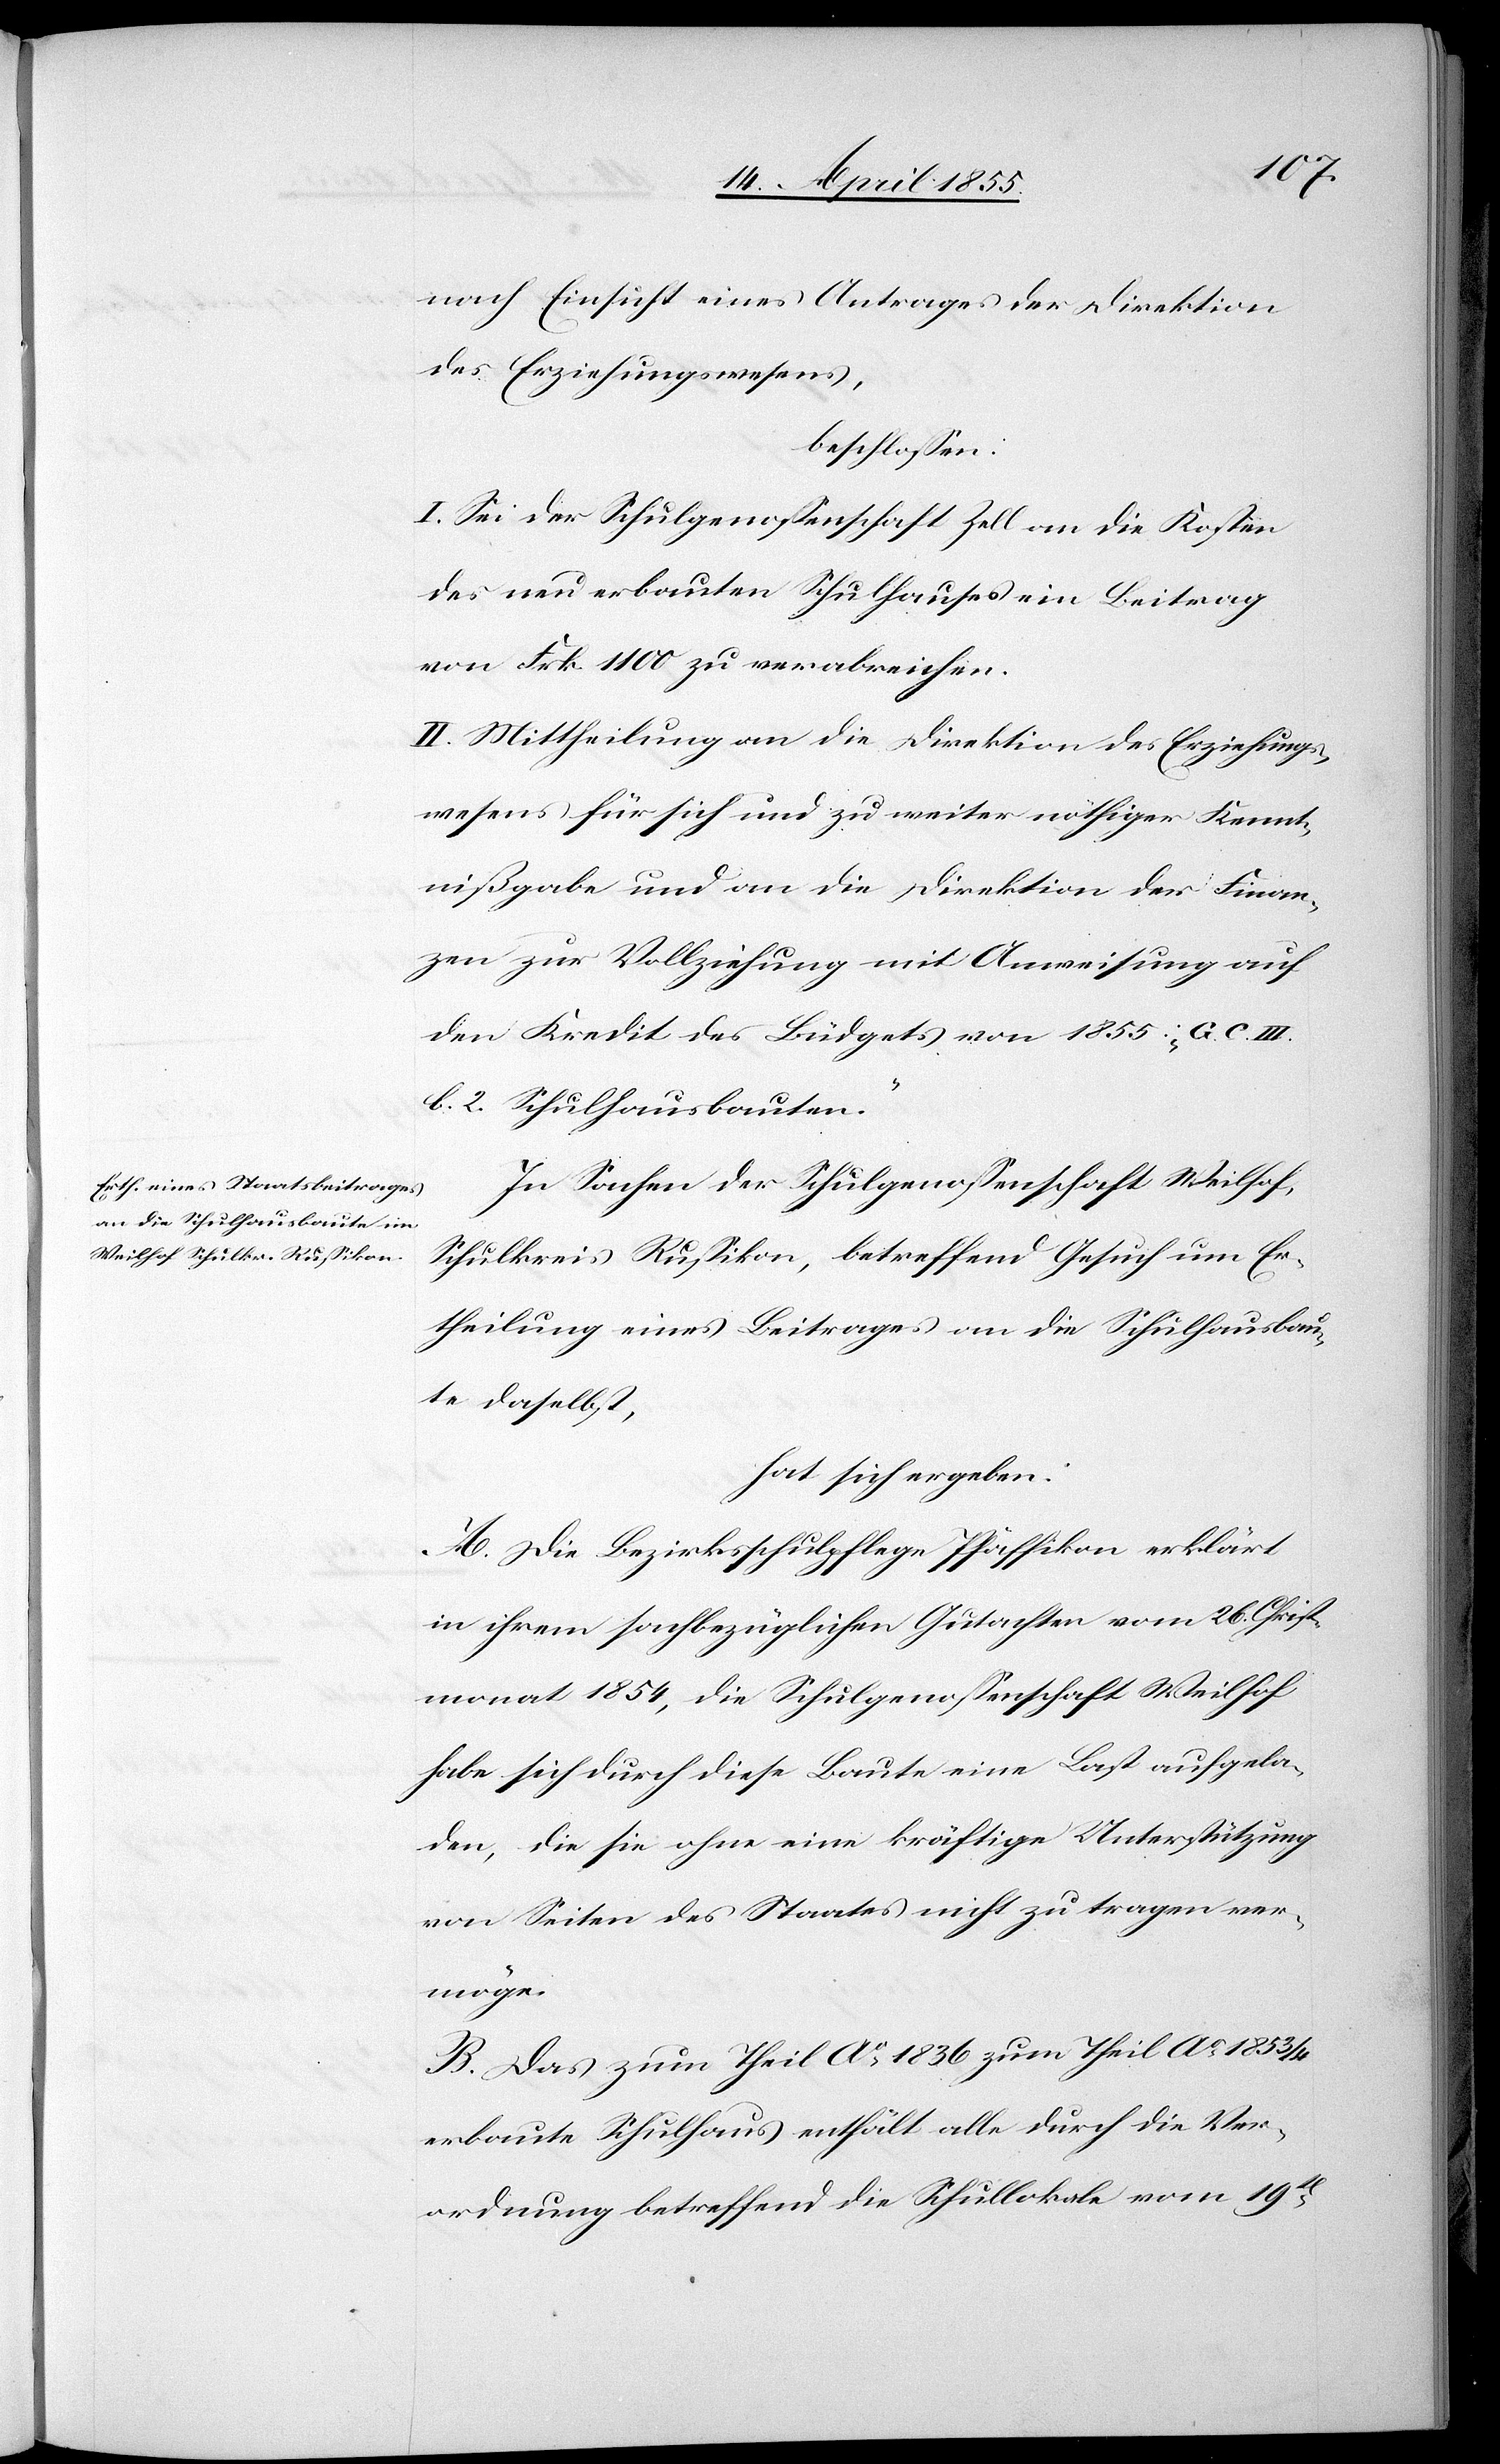
nach Einsicht eines Antrages der Direktion
des Erziehungswesens,
beschlossen:
I. Sei der Schulgenossenschaft Zell an die Kosten
des neu erbauten Schulhauses ein Beitrag
von Frk. 1100 zu verabreichen.
II. Mittheilung an die Direktion des Erziehungs¬
wesens für sich und zu weiter nöthiger Kennt¬
nißgabe und an die Direktion der Finan¬
zen zur Vollziehung mit Anweisung auf
den Kredit des Büdgets von 1855: „G. C. III.
b. 2. Schulhausbauten“.
In Sachen der Schulgenossenschaft Weilhof,
Schulkreis Russikon, betreffend Gesuch um Er¬
theilung eines Beitrages an die Schulhausbau¬
te daselbst,
hat sich ergeben:
A. Die Bezirksschulpflege Pfäffikon erklärt
in ihrem sachbezüglichen Gutachten vom 26. Christ¬
monat 1854, die Schulgenossenschaft Weilhof
habe sich durch diese Baute eine Last aufgela¬
den, die sie ohne eine kräftige Unterstützung
von Seiten des Staates nicht zu tragen ver¬
möge.
B. Das zum Theil Ao 1836 zum Theil Ao 1853/4
erbaute Schulhaus enthält alle durch die Ver¬
ordnung betreffend die Schullokale vom 19t